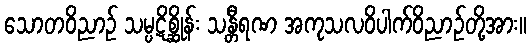
သောတဝိညာဉ် သမ္ပဋိစ္ဆိုန်း သန္တီရဏ အကုသလဝိပါက်ဝိညာဉ်တို့အား။